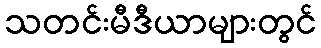
သတင်းမီဒီယာများတွင်